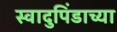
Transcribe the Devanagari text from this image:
स्वादुपिंडाच्या